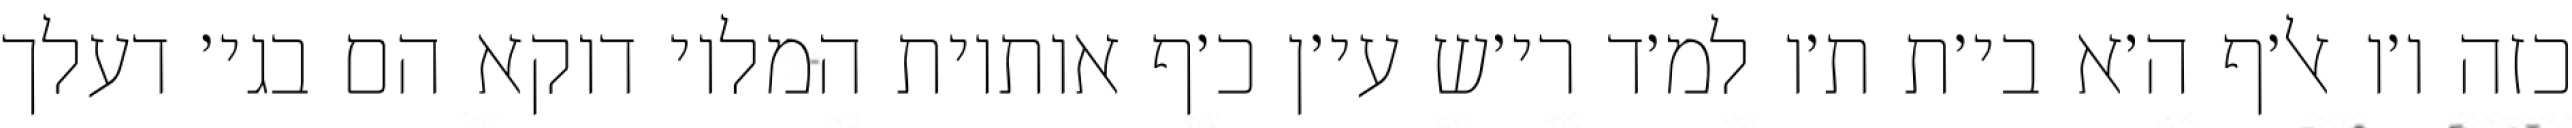
כזה ו׳ו אל׳ף ה׳א בי׳ת ת׳ו למ׳ד רי׳ש עי׳ן כ׳ף אותיות המלוי דוקא הם בגי׳ דעלך